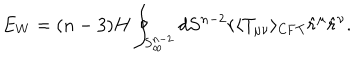
LaTeX: E _ { W } = ( n - 3 ) H \oint _ { S _ { \infty } ^ { n - 2 } } d S ^ { n - 2 } r \langle T _ { \mu \nu } \rangle _ { \mathrm { C F T } } \hat { r } ^ { \mu } \hat { r } ^ { \nu } .